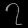
Digit: ၇